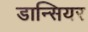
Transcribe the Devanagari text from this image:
डान्सियर